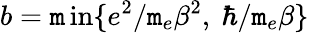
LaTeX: b=\operatorname*{\mathtt{m}in}\{ e^{2}/{\mathtt{m}_{e}\beta^{2}},\ \hbar/{\mathtt{m}_{e}\beta}\}